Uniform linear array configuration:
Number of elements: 32
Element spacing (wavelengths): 0.25
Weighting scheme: uniform
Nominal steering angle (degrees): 45
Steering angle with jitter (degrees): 43.208
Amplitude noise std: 0.05
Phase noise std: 0.05

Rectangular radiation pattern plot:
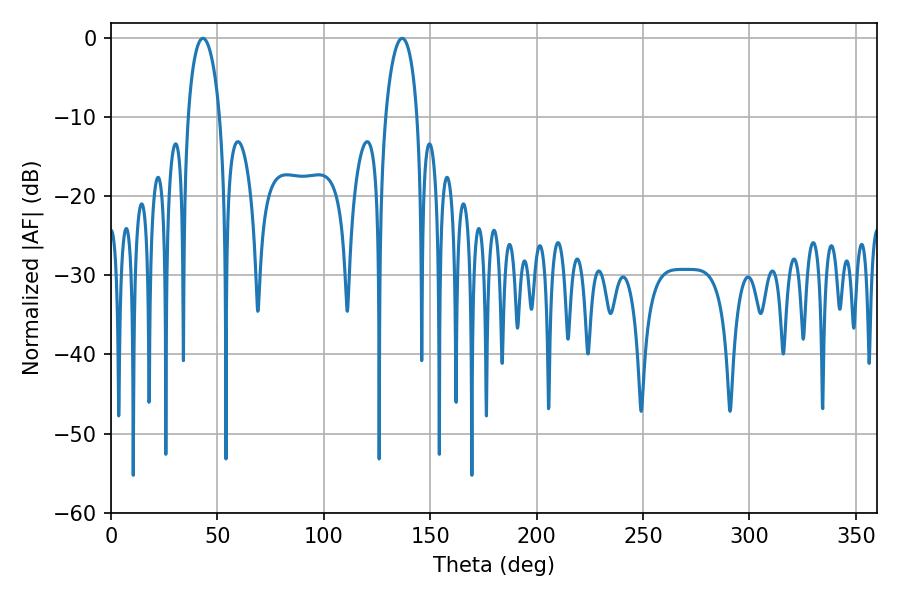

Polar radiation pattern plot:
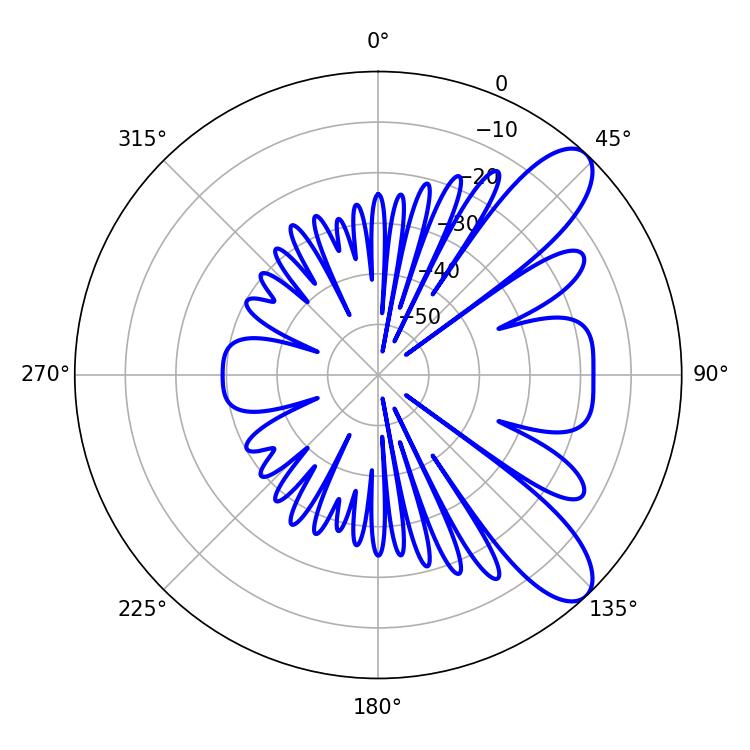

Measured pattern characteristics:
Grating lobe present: FALSE
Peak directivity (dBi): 9.253
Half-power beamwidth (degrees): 8.46
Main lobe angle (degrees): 43.2